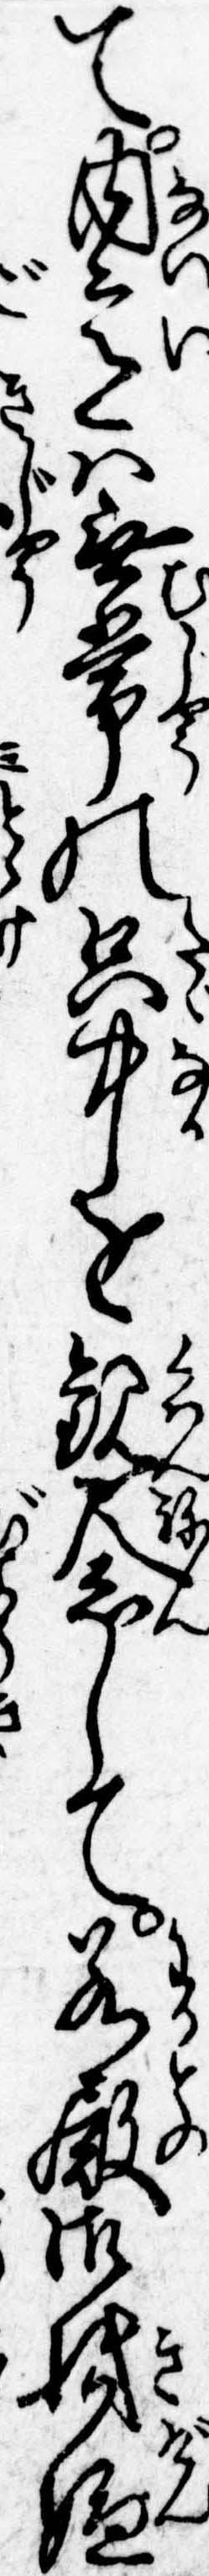
て内意は無常の只中を観念して若殿御機嫌